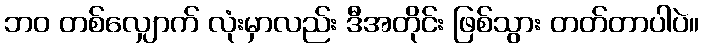
ဘဝ တစ်လျှောက် လုံးမှာလည်း ဒီအတိုင်း ဖြစ်သွား တတ်တာပါပဲ။